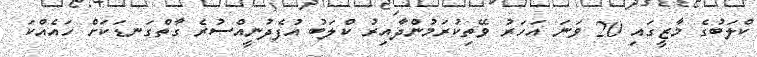
ކްލަބުގެ މާޒީގައި 20 ވަނަ އަހަރު ވޭތިކުރަމުންދާއިރު ކްލަބު އުފެދުނީއްސުރެ ގާތްގަނޑަކަށް ހައެއްކަ